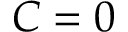
C = 0